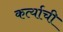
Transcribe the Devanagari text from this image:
कर्त्याची